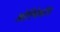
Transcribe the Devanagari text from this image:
ओरियेनटेड